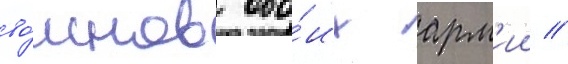
во́инов обо́их арм'ии //